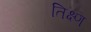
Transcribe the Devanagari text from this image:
तिक्ष्ण